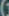
(